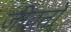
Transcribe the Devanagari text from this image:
जीवतो